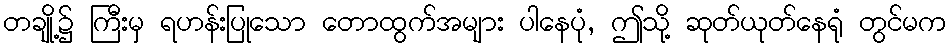
တချို့၌ ကြီးမှ ရဟန်းပြုသော တောထွက်အများ ပါနေပုံ, ဤသို့ ဆုတ်ယုတ်နေရုံ တွင်မက